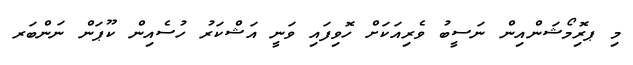
މި ޕރިޮމޯޝަންއިން ނަސީބު ވެރިއަކަށް ހޮވިފައި ވަނީ އަޝްކަރު ހުސެއިން ކޫޕަން ނަންބަރ